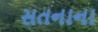
સતનાના